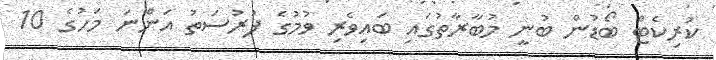
ކުރިކެޓް ބޯޑުން ބުނީ މުބާރާތުގައި ބައިވެރި ވުމުގެ ފުރުސަތު އަންނަ މަހުގެ 10